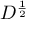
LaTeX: D ^ { \frac { 1 } { 2 } }